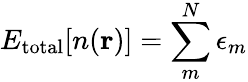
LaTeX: E_{\mathrm{total}}[n(\textbf{r})]=\sum_{m}^{N}\epsilon_{m}